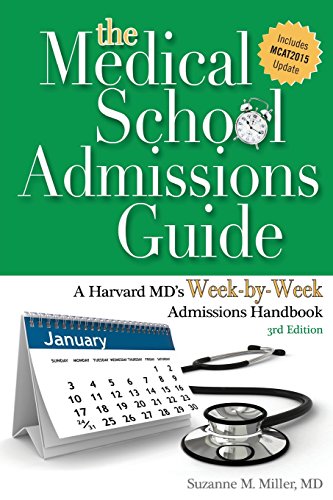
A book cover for The Medical School Admissions Guide: A Harvard MD's Week-By-Week Admissions Handbook, 3rd Edition; Suzanne M. Miller; Education & Teaching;